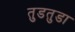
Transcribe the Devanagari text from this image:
तुडतुडा